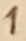
Text: 1